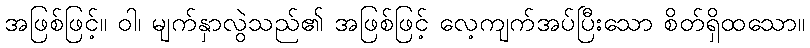
အဖြစ်ဖြင့်။ ဝါ၊ မျက်နှာလွဲသည်၏ အဖြစ်ဖြင့် လေ့ကျက်အပ်ပြီးသော စိတ်ရှိထသော။